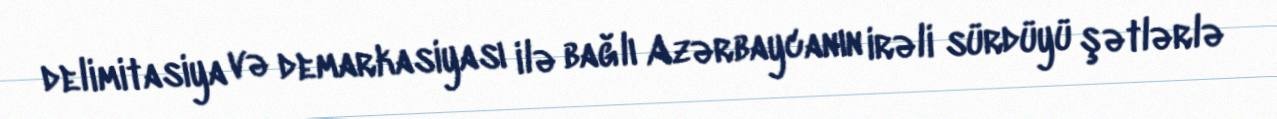
delimitasiya və demarkasiyası ilə bağlı Azərbaycanın irəli sürdüyü şətlərlə